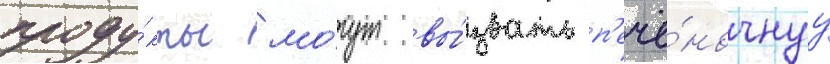
проду́кты мо́гут вы́звать п'ечё́ночнуу